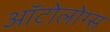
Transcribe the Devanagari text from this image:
ऑटोलोग्स